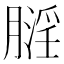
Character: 𪱬